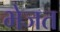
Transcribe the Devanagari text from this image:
भेजत